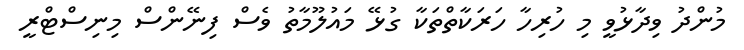
މުންދު ވިދާޅުވީ މި ހުރިހާ ހަރަކާތްތަކާ ގުޅޭ މައުލޫމާތު ވެސް ފިނޭންސް މިނިސްޓްރީ